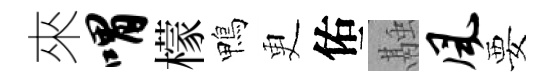
來喟檬鴨更佑融风要